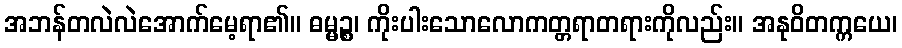
အဘန်တလဲလဲအောက်မေ့ရာ၏။ ဓမ္မဉ္စ၊ ကိုးပါးသောလောကတ္တရာတရားကိုလည်း။ အနုဝိတက္ကယေ၊